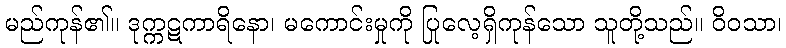
မည်ကုန်၏။ ဒုက္ကဋကာရိနော၊ မကောင်းမှုကို ပြုလေ့ရှိကုန်သော သူတို့သည်။ ဝိဝသာ၊